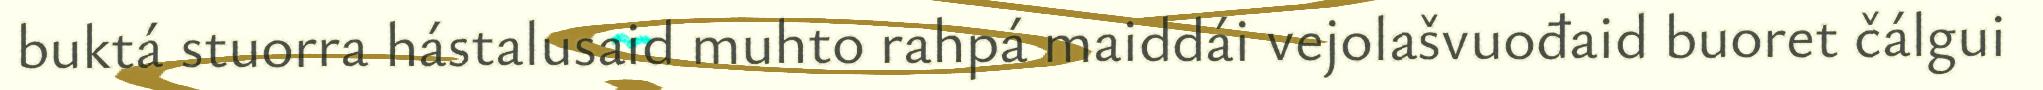
buktá stuorra hástalusaid muhto rahpá maiddái vejolašvuođaid buoret čálgui